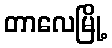
တာလေမြို့